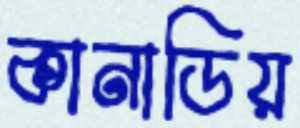
কানাডিয়